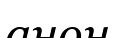
анон